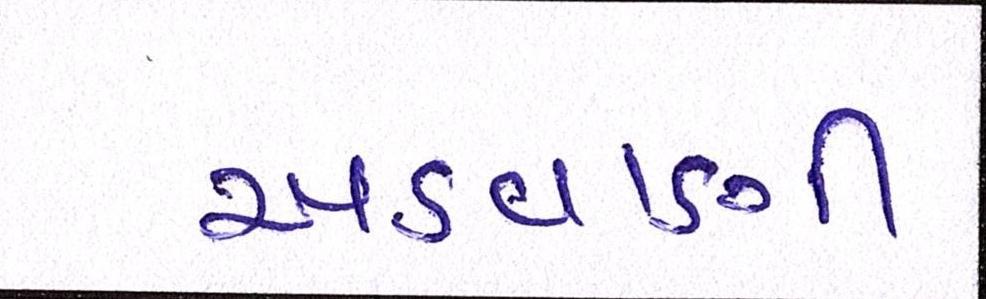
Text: અડવાણી